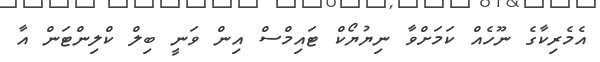
އެމެރިކާގެ ނޫހެއް ކަމަށްވާ ނިޔުޔޯކް ޓައިމްސް އިން ވަނީ ބިލް ކްލިންޓަން އާ